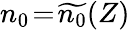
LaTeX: n_{0}\! =\! \widetilde{n_{0}}(Z)